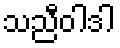
သညီဝါဒါ